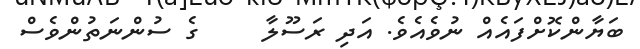
ބަޔާންކޮށްފައެއް ނުވެއެވެ. އަދި ރަސޫލާ     ގެ ސުންނަތުންވެސް